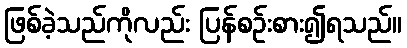
ဖြစ်ခဲ့သည်ကိုလည်း ပြန်စဉ်းစား၍ရသည်။